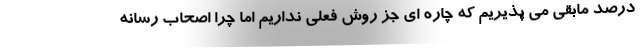
درصد مابقی می پذیریم که چاره ای جز روش فعلی نداریم اما چرا اصحاب رسانه